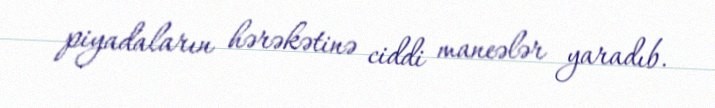
piyadaların hərəkətinə ciddi maneələr yaradıb.